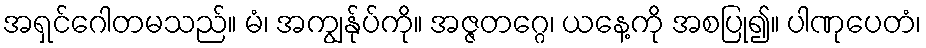
အရှင်ဂေါတမသည်။ မံ၊ အကျွန်ုပ်ကို။ အဇ္ဇတဂ္ဂေ၊ ယနေ့ကို အစပြု၍။ ပါဏုပေတံ၊